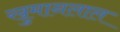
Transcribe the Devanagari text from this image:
खुमानलाल